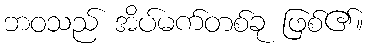
ဘဝသည် အိပ်မက်တစ်ခု ဖြစ်၏။